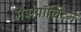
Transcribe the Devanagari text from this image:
मैट्रोपॉलिटन